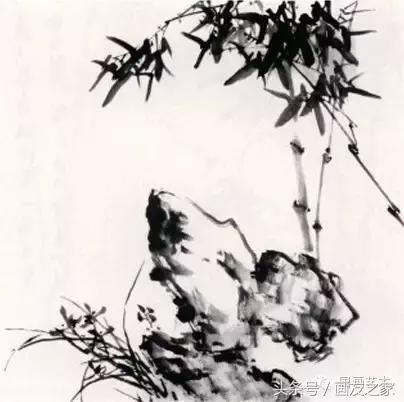
分明小像沉香缕，一片伤心欲画难。